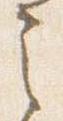
之